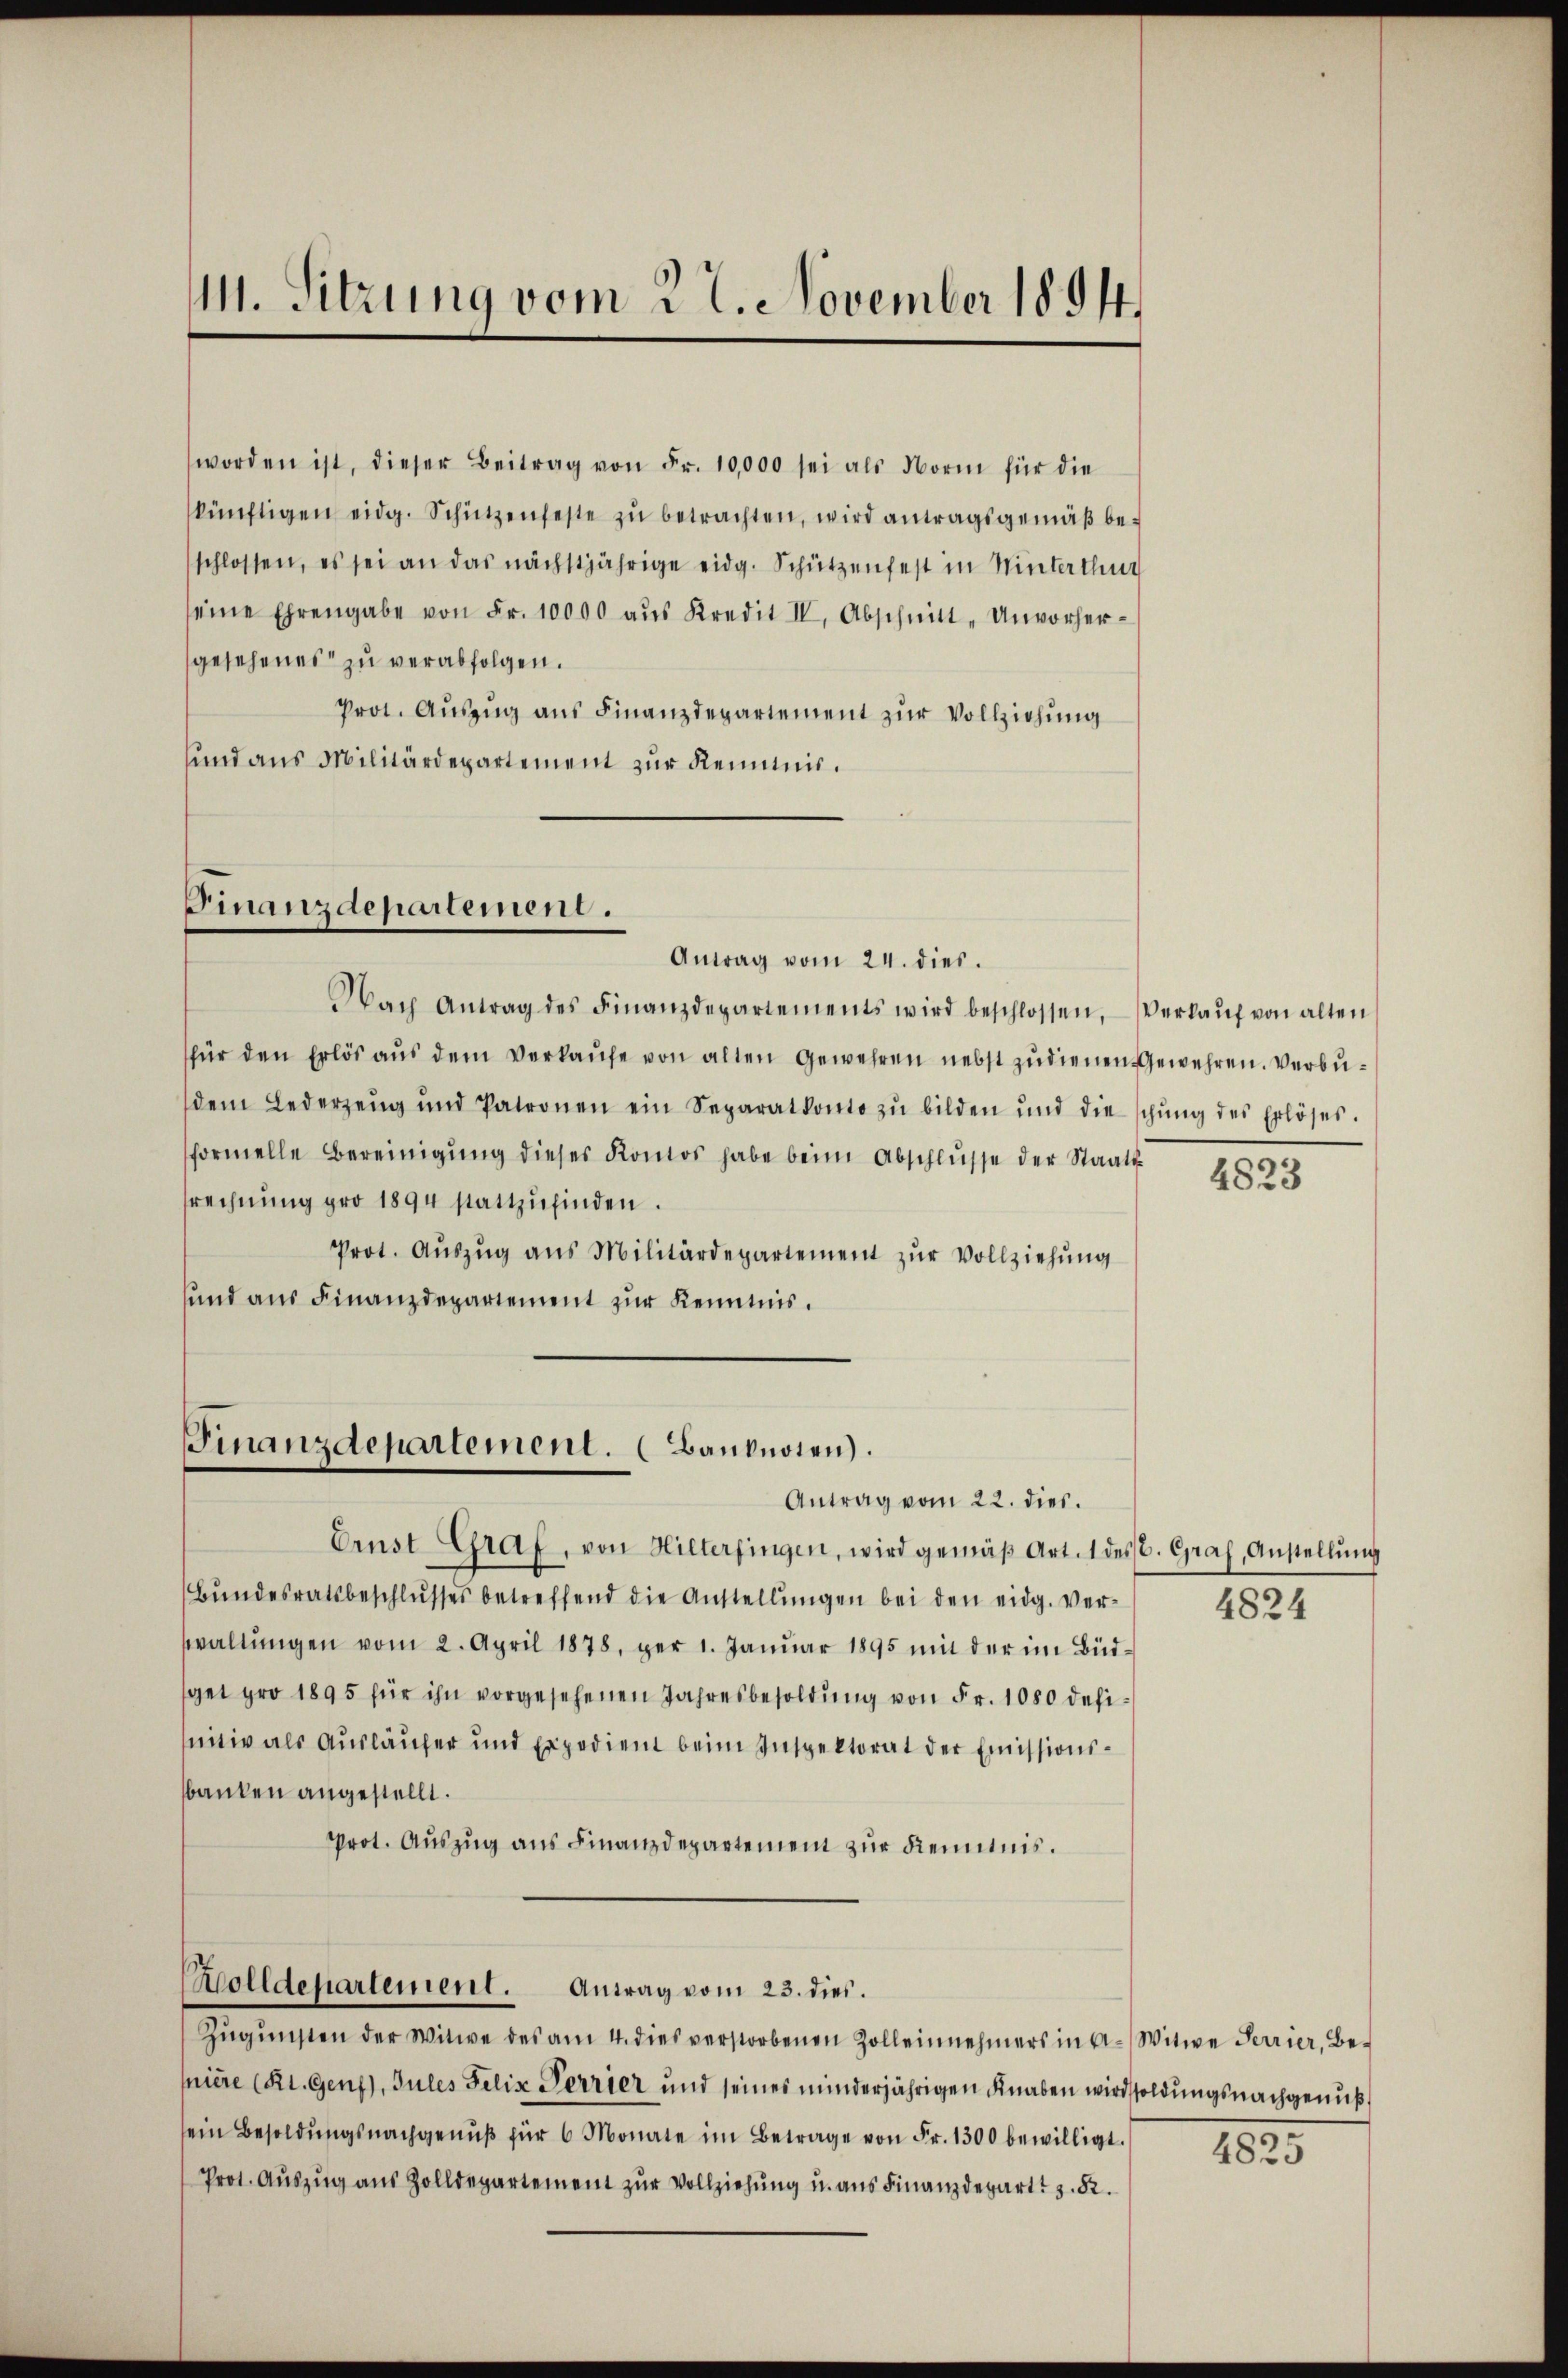
11. Sitzung vom 22. November 1894.

worden ist, dieser Beitrag von Fr. 10,000 sei als Norm für die
künftigen eidg. Schützenfeste zŭ betrachten, wird antragsgemäβ be-
schlossen, es sei an das nächstjährige eidg. Schützenfest in Winterthur
seine Ehrengabe von Fr. 10000 aŭs Kredit II, Abschnitt "Unvorher-
gesehenes zu verabfolgen.
Prot. Auszug aus Finanzdepartement zur Vollziehung
und aus Militärdepartement zur Kenntnis.

Finanzdepartement.
Antrag vom 24. dies.

Nach Antrag des Finanzdepartements wird beschlossen, Verkaŭf von alten
für den Erlös aŭs dem Verkaŭfe von alten Gewehren nebst zudienen Gewehren. Verbudem Lederzeug und Patronen ein Separatkonto zŭ bilden und die schŭng des Erlöses.
formelle Bereinigung dieses Kontos habe beim Abschlüsse der Staatssrechnŭng pro 1894 stattzŭfinden.
Prot. Auszug aus Militärdepartement zur Vollziehung
und aus Finanzdepartement zur Kenntnis.

Finanzdepartement. (Banknoten).

Zolldepartement. Antrag vom 23. dies.

Ernst Graf, von Hilterfingen, wird gemäβ Art. 1 des C. Graf, Anstellŭng
Bŭndesratsbeschlŭsses betreffend die Anstellŭngen bei den eidg. Ver-
waltŭngen vom 2. April 1878,ger 1. Janŭar 1895 mit der im Büd-
get pro 1895 für ihn vorgesehenen Jahresbesoldŭng von Fr. 1080 defi-
nitiv als Ausläufer und Expedient beim Inspektorat der Emissionsbanken angestellt.
Prot. Auszug aus Finanzdepartement zur Kenntnis.

Antrag vom 22. dies.

Zŭgŭnsten der Witwe des am 4. dies verstorbenen Zolleinnehmers in A. Witwe Perrier, Beniere (Rt. Genf), Jules Felix Terrier und seines minderjährigen Knaben wird soldungsnachgenuß
ein Besoldŭngsnachgenŭβ für 6 Monate im Betrage von Fr. 1300 bewilligt.
Prot. Auszug aus Zolldepartement zur Vollziehung u. aus Finanzdepart: 3. 52.

4823

4824

4825